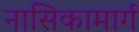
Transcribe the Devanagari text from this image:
नासिकामार्ग